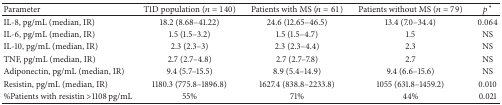
| Parameter | T1D population (n = 140) | Patients with MS (n = 61) | Patients without MS (n = 79) | p* |
 | --- | --- | --- | --- | --- |
 | IL-8, pg/mL (median, IR) | 18.2 (8.68–41.22) | 24.6 (12.65–46.5) | 13.4 (7.0–34.4) | 0.064 |
 | IL-6, pg/mL (median, IR) | 1.5 (1.5–3.2) | 1.5 (1.5–4.7) | 1.5 | NS |
 | IL-10, pg/mL (median, IR) | 2.3 (2.3–3) | 2.3 (2.3–4.4) | 2.3 | NS |
 | TNF, pg/mL (median, IR) | 2.7 (2.7–4.8) | 2.7 (2.7–7.8) | 2.7 | NS |
 | Adiponectin, pg/mL (median, IR) | 9.4 (5.7–15.5) | 8.9 (5.4–14.9) | 9.4 (6.6–15.6) | NS |
 | Resistin, pg/mL (median, IR) | 1180.3 (775.8–1896.8) | 1627.4 (838.8–2233.8) | 1055 (631.8–1459.2) | 0.010 |
 | %Patients with resistin >1108 pg/mL | 55% | 71% | 44% | 0.021 |